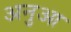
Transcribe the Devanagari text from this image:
अनुआ